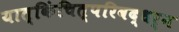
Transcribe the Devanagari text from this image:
यात्किंचित्परिवद्धर्न